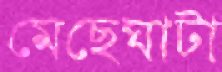
মেছেঘাটা